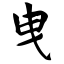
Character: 曳